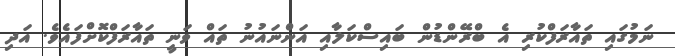
ނަމުގައި ތައާރަފްކުރި އެ ބްރޭންޑުން ބައިސްކަލާއި އަންނައުނު ތައް ވަނީ ތައާރަފްކޮށްފައެވެ. އަދި